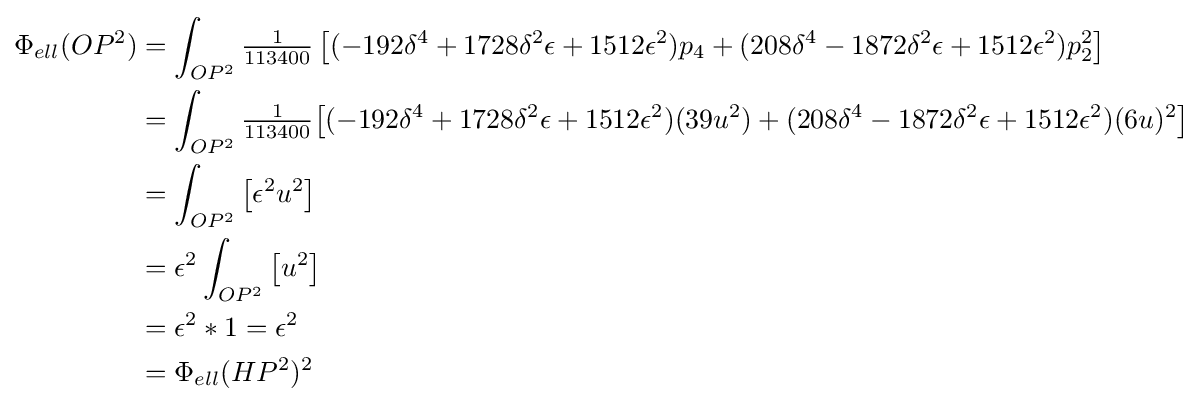
{\begin{aligned}\Phi _{ell}(OP^{2})&=\int _{OP^{2}}{\tfrac {1}{113400}}\left[(-192\delta ^{4}+1728\delta ^{2}\epsilon +1512\epsilon ^{2})p_{4}+(208\delta ^{4}-1872\delta ^{2}\epsilon +1512\epsilon ^{2})p_{2}^{2}\right]\\&=\int _{OP^{2}}{\tfrac {1}{113400}}{\big [}(-192\delta ^{4}+1728\delta ^{2}\epsilon +1512\epsilon ^{2})(39u^{2})+(208\delta ^{4}-1872\delta ^{2}\epsilon +1512\epsilon ^{2})(6u)^{2}{\big ]}\\&=\int _{OP^{2}}{\big [}\epsilon ^{2}u^{2}{\big ]}\\&=\epsilon ^{2}\int _{OP^{2}}{\big [}u^{2}{\big ]}\\&=\epsilon ^{2}*1=\epsilon ^{2}\\&=\Phi _{ell}(HP^{2})^{2}\end{aligned}}